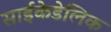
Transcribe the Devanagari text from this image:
साईकेडेलिक